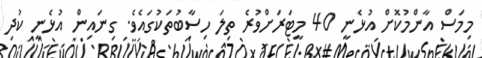
މިމަސް އާންމުކޮށް އުޅެނީ 40 މީޓަރަށްވުރެ ތިލަ ހިސާބުތަކުގައެވެ. ގިނައިން އުޅެނީ ކުދި